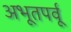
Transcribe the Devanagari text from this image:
अभूतपर्वू